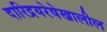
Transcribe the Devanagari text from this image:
दारिद्रयरेषेखालील